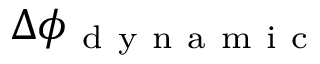
\Delta \phi _ { \mathrm { ~ d ~ y ~ n ~ a ~ m ~ i ~ c ~ } }